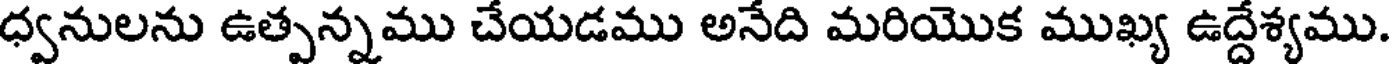
ధ్వనులను ఉత్పన్నము చేయడము అనేది మరియొక ముఖ్య ఉద్దేశ్యము.